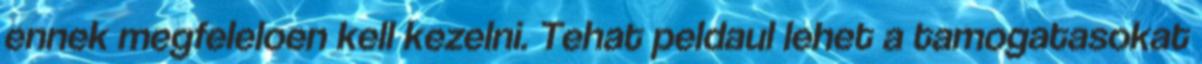
ennek megfeleloen kell kezelni. Tehat peldaul lehet a tamogatasokat